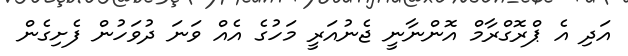
އަދި އެ ޕްރޮގްރާމް އޮންނާނީ ޖެނުއަރީ މަހުގެ އެއް ވަނަ ދުވަހުން ފެށިގެން